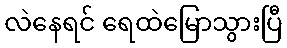
လဲနေရင် ရေထဲမြောသွားပြီ